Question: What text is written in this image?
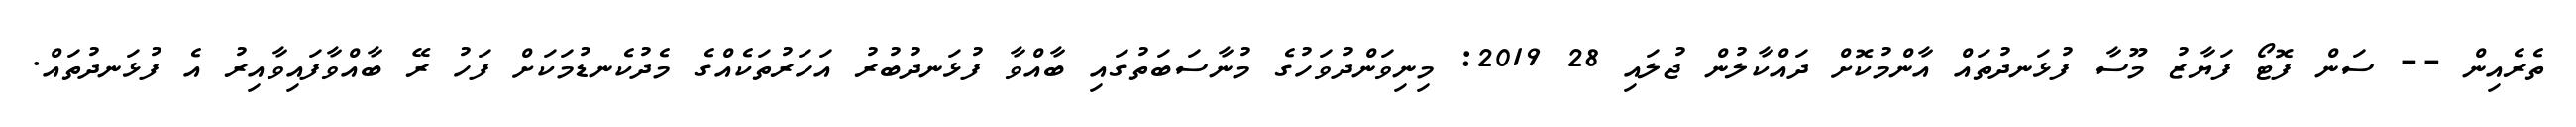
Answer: ތެރެއިން -- ސަން ފޮޓޯ ފަޔާޒު މޫސާ ފުޅަނދުތައް އާންމުކޮށް ދައްކާލުން ޖުލައި 28 2019: މިނިވަންދުވަހުގެ މުނާސަބަތުގައި ބާއްވާ ފުޅަނދުބުރު އަހަރުތަކެއްގެ މެދުކެނޑުމަކަށް ފަހު ރޭ ބާއްވާފައިވާއިރު އެ ފުޅަނދުތައް.